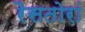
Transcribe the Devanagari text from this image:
रैसतोरां